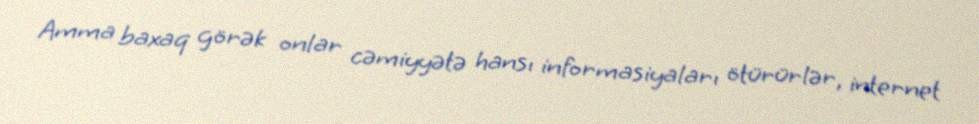
Amma baxaq görək onlar cəmiyyətə hansı informasiyaları ötürürlər, internet